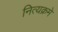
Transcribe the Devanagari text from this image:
नित्यक्रमे